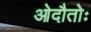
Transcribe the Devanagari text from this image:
ओदौतोः